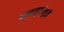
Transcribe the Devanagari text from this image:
वन्यसृष्टीमुळे